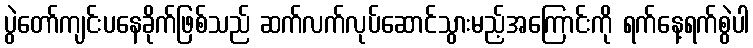
ပွဲတော်ကျင်းပနေခိုက်ဖြစ်သည် ဆက်လက်လုပ်ဆောင်သွားမည့်အကြောင်းကို ရက်နေ့ရက်စွဲပါ